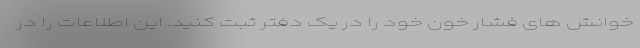
خوانش های فشار خون خود را در یک دفتر ثبت کنید. این اطلاعات را در